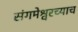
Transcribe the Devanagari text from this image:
संगमेश्वरच्याच